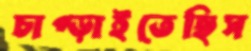
চাপ্‌ড়াইতেছিস